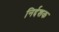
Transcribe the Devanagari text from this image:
निर्द्दशक